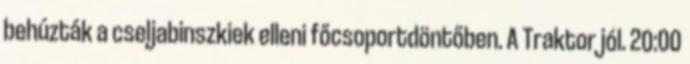
behúzták a cseljabinszkiek elleni főcsoportdöntőben. A Traktor jól. 20:00